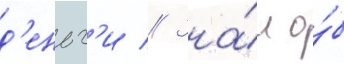
д'еньг'и // Зна́л о́б